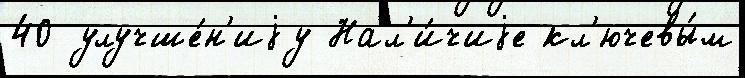
40 улучше́н'иjу Нал'и́чиjе кл'ючевы́м